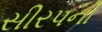
સીરપનો